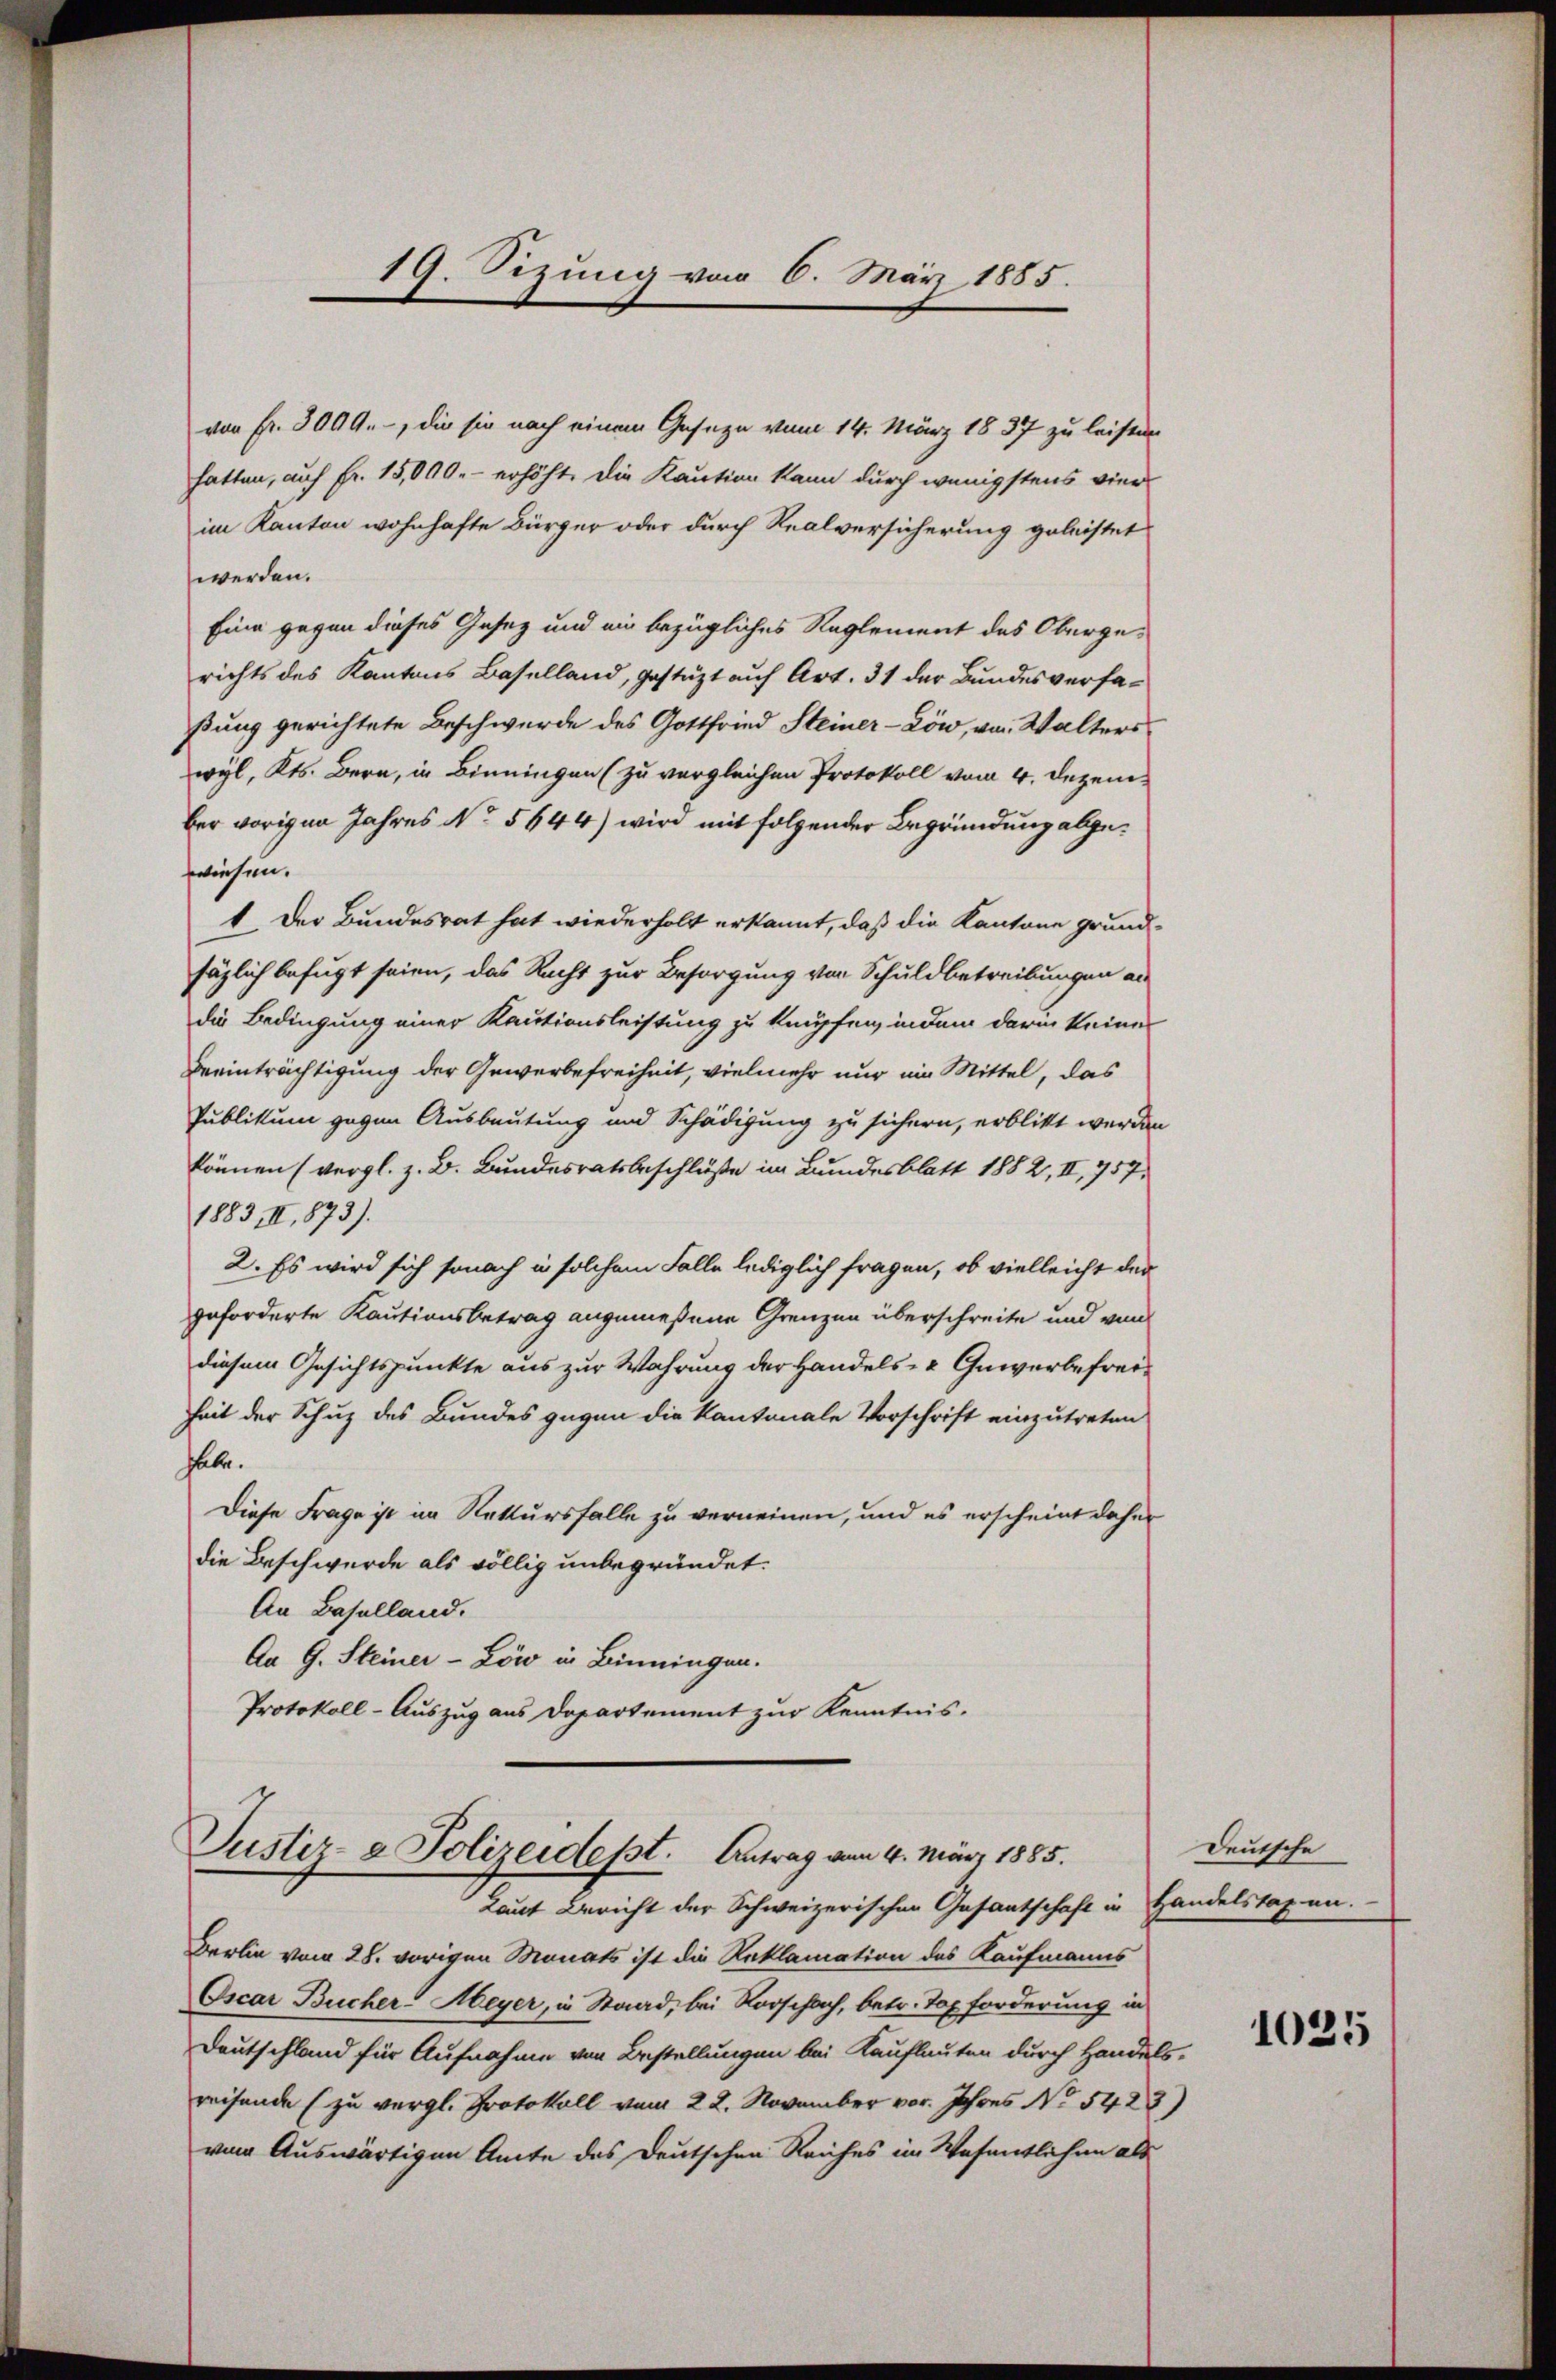
19. Sizung vom 6. März 1885.

im Kanton wohnhafte Bürger oder durch Realversicherung geleistet
werden.
Eine gegen dieses Gesez und ein bezügliches Reglement des Obergerichts des Kantons Baselland, gestützt auf Art. 31 der Bundesverfaßung gerichtete Beschwerde des Gottfried Steiner-Löw, von Walters
wyl, Kts. Bern, in Binningen (zu vergleichen Protokoll vom 4. Dezember vorigen Jahres No 5644) wird mit folgender Begründung abgewiesen.
1 Der Bundesrat hat wiederholt erkannt, daß die Kantone grundsäglich befugt seien, das Recht zur Besorgung von Schuldbetreibungen au
die Bedingung einer Kautionsleistung zu knüpfen, indem darin keines
Beeinträchtigung der Gewerbefreiheit, vielmehr nur ein Mittel, das
Publikum gegen Ausbeutung und Schädigung zu sichern, erblitt werden
können (vergl. z. B. Bundesratsbeschlüße im Bundesblatt 1882, II, 757.
1883 II, 873).
2. Es wird sich sonach in solchem Falle lediglich fragen, ob vielleicht der
geforderte Kautionsbetrag angemeßene Grenzen überschreite und von
diesem Gesichtspunkte aus zur Wahrung der Handels- & Gewerbefreiheit der Schuz des Bundes gegen die Kantonale Vorschrift einzutreten
habe.
Diese Frage ist im Rettursfalle zu verneinen, und es erscheint daher
die Beschwerde als völlig unbegründet.
An Baselland.
An G. Steiner-Löw in Binningen.
Protokoll-Auszug aus Departement zur Kenntnis.

Justiz- & Polizeidest. Antrag am 4. März 1885.
Laut Bericht der Schweizerischen Gasantschaft in Handelstaxen.

von Fr. 3000.-, die sie nach einem Geseze vom 14. März 1837 zu leiste
hatten, auf Fr. 15,000.- erhöhte die Kaution kann durch wenigstens vier

Berlin vom 28. vorigen Monats ist die Reklamation des Kaufmanns
Oscar Bucher Meyer, in Staad, bei Vorschach, betr. Tox forderung in
Deutschland für Aufnahme von Bestellungen bei Kauflauten durch Handelsreisende (zu vergl. Protokoll vom 22. November vor. Jahres No 5423)
von Auswärtigen Amte des Deutschen Reiches im Wesentlichen als

Deutsche

1035